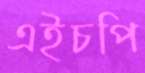
এইচপি